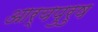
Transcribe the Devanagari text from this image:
आर्यपुरुष